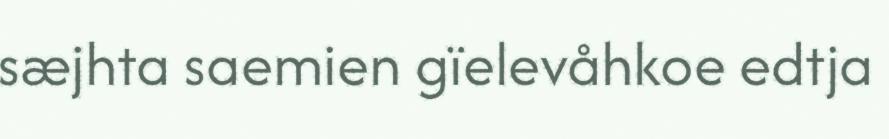
sæjhta saemien gïelevåhkoe edtja